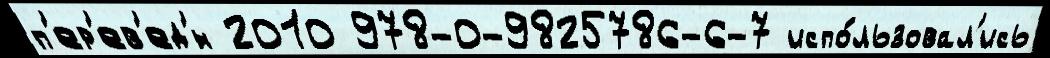
п'ер'ев'ед'́н 2010 978-0-9825786-6-7 испо́льзовал'ись